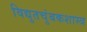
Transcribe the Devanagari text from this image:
विद्युतचुंबकशास्त्र